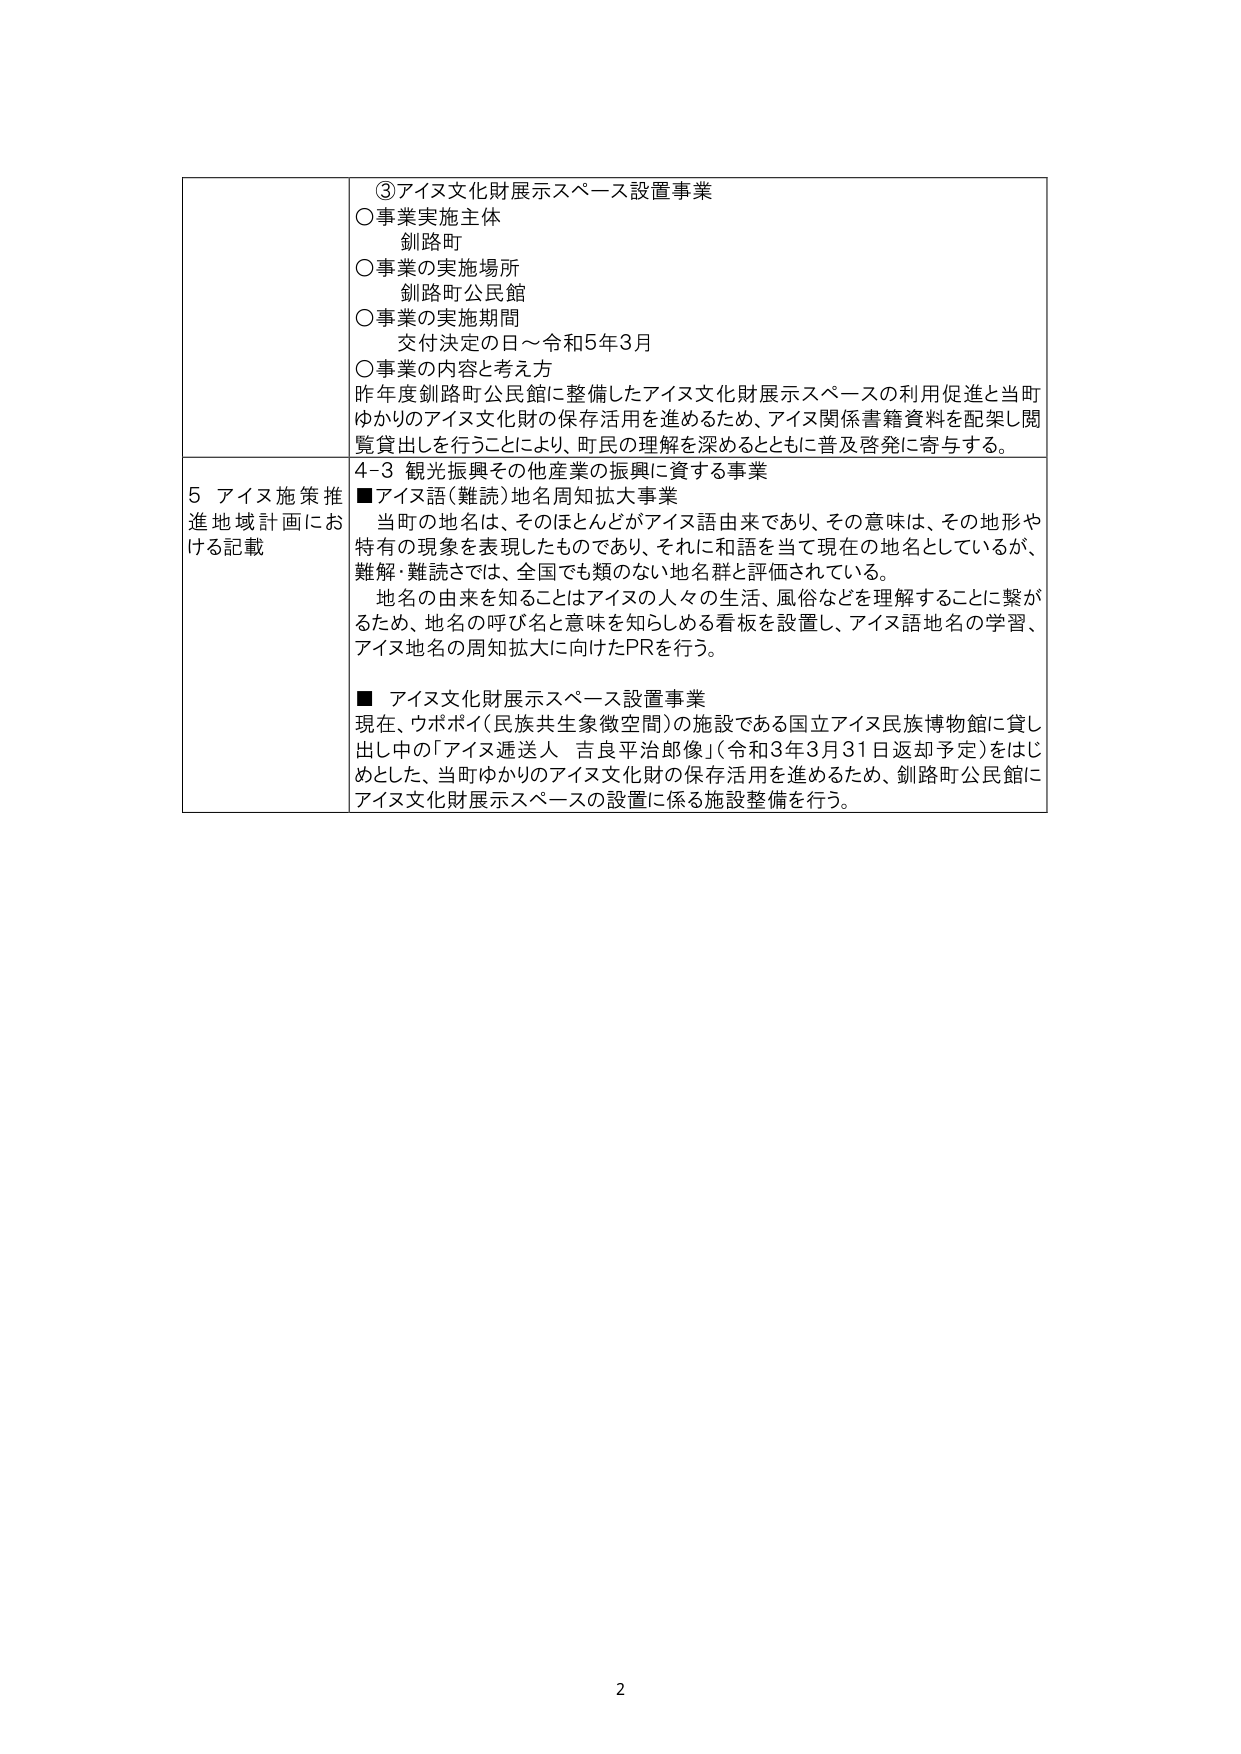
③アイヌ文化財展示スペース設置事業
○事業実施主体
釧路町
○事業の実施場所
釧路町公民館
○事業の実施期間
交付決定の日～令和5年3月
○事業の内容と考え方
昨年度釧路町公民館に整備したアイヌ文化財展示スペースの利用促進と当町
ゆかりのアイヌ文化財の保存活用を進めるため、アイヌ関係書籍資料を配架し閲
覧貸出しを行うことにより、町民の理解を深めるとともに普及啓発に寄与する。

5 アイヌ施策推進地域計画における記載
4-3 観光振興その他産業の振興に資する事業
■アイヌ語（難読）地名周知拡大事業
　当町の地名は、そのほとんどがアイヌ語由来であり、その意味は、その地形や
特有の現象を表現したものであり、それに和語を当て現在の地名としているが、
難解・難読さでは、全国でも類のない地名群と評価されている。
　地名の由来を知ることはアイヌの人々の生活、風俗などを理解することに繋が
るため、地名の呼び名と意味を知らしめる看板を設置し、アイヌ語地名の学習、
アイヌ地名の周知拡大に向けたPRを行う。

■ アイヌ文化財展示スペース設置事業
現在、ウポポイ（民族共生象徴空間）の施設である国立アイヌ民族博物館に貸し
出し中の「アイヌ逓送人 吉良平治郎像」（令和3年3月31日返却予定）をはじ
めとした、当町ゆかりのアイヌ文化財の保存活用を進めるため、釧路町公民館に
アイヌ文化財展示スペースの設置に係る施設整備を行う。

2